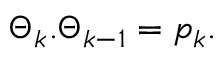
\Theta _ { k } . \Theta _ { k - 1 } = p _ { k } .